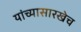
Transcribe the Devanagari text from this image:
यांच्यासारखेच